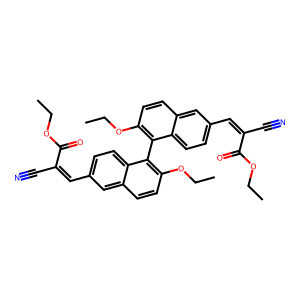
SMILES: CCOC(=O)C(C#N)=Cc1ccc2c(-c3c(OCC)ccc4cc(C=C(C#N)C(=O)OCC)ccc34)c(OCC)ccc2c1
Inhibits HIV replication: No